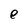
Character: e